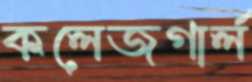
কলেজগার্ল